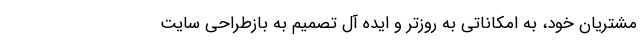
مشتریان خود، به امکاناتی به روزتر و ایده آل تصمیم به بازطراحی سایت